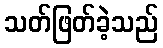
သတ်ဖြတ်ခဲ့သည်